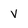
Character: V